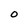
Character: O